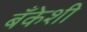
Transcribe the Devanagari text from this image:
बँकेशी